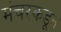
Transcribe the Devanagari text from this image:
मंचरकडून